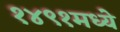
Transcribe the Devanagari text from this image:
१४९१मध्ये